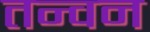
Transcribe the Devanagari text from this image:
तन्वन